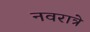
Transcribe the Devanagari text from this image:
नवरात्रे